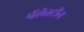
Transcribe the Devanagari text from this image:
पॅलेस्टीन